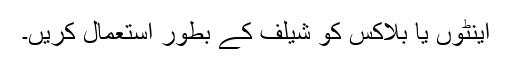
اینٹوں یا بلاکس کو شیلف کے بطور استعمال کریں۔